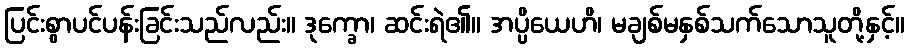
ပြင်းစွာပင်ပန်းခြင်းသည်လည်း။ ဒုက္ခော၊ ဆင်းရဲ၏။ အပ္ပိယေဟိ၊ မချစ်မနှစ်သက်သောသူတို့နှင့်။